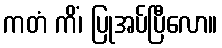
ကတံ ကိံ၊ ပြုအပ်ပြီလော။